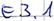
Text: E3.1